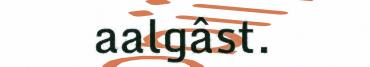
aalgâst.